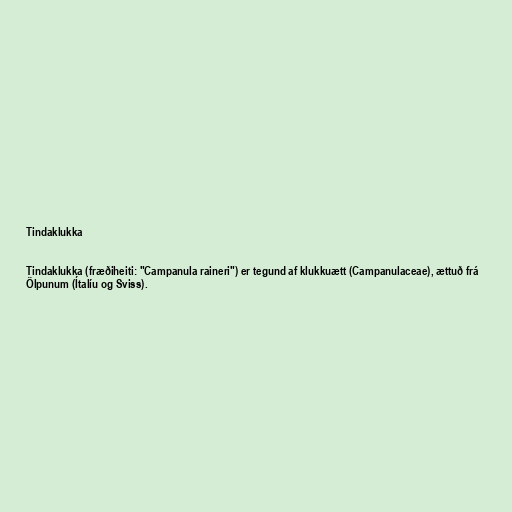
Tindaklukka

Tindaklukka (fræðiheiti: "Campanula raineri") er tegund af klukkuætt (Campanulaceae), ættuð frá
Ölpunum (Ítalíu og Sviss).